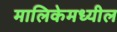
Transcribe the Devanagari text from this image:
मालिकेमध्यील